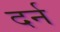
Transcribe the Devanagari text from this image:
दर्न